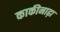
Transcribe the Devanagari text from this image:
काकीनाढ़ा